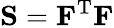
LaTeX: {\mathbf S}={\mathbf F}^{\mathrm{T}}{\mathbf F}